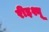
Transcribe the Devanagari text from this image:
रीइश्यू